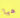
هيا